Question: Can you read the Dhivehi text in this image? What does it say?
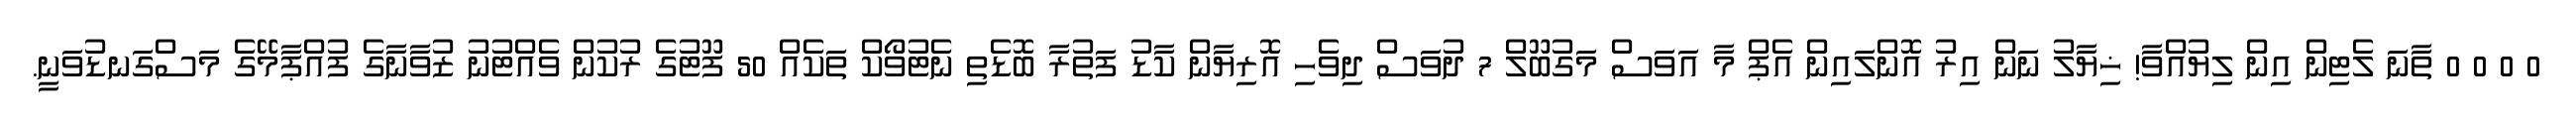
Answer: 0 0 0 0 ތާނަ ލެޓިން އިން ލިޔުއްވާ! ޚިޔާލު ނަން އިރު އޮންލައިން އެޕް މާ އަވަސް މަގުބޫލް 7 ދުވަސް ދިވެހި އޮރިޔާން ކާޑު ފަތުރާ ބޮޑެތި ނެޓުވޯކް ތަކެއް 50 ފޫޓުގެ ރުކުން ވެއްޓުނު ޒުވާނާގެ ފުއްޕާމޭގެ މަސްގަނޑުވަނީ.